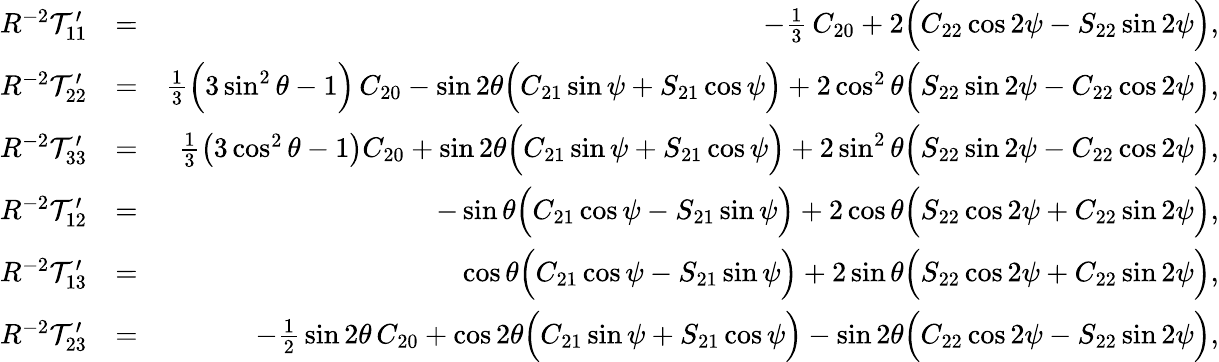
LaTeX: \begin{array}{rlr}{R^{-2}{\cal T}_{11}^{\prime}}&{=}&{-\textstyle\frac{1}{3}\, C_{20}+2\Big(C_{22}\cos 2\psi-S_{22}\sin 2\psi\Big),}\\ {R^{-2}{\cal T}_{22}^{\prime}}&{=}&{\textstyle\frac{1}{3}\Big(3\sin^{2}\theta-1\Big)\, C_{20}-\sin 2\theta\Big(C_{21}\sin\psi+S_{21}\cos\psi\Big)+2\cos^{2}\theta\Big(S_{22}\sin 2\psi-C_{22}\cos 2\psi\Big),}\\ {R^{-2}{\cal T}_{33}^{\prime}}&{=}&{{\textstyle\frac{1}{3}}\big(3\cos^{2}\theta-1\big)C_{20}+\sin 2\theta\Big(C_{21}\sin\psi+S_{21}\cos\psi\Big)+2\sin^{2}\theta\Big(S_{22}\sin 2\psi-C_{22}\cos 2\psi\Big),}\\ {R^{-2}{\cal T}_{12}^{\prime}}&{=}&{-\sin\theta\Big(C_{21}\cos\psi-S_{21}\sin\psi\Big)+2\cos\theta\Big(S_{22}\cos 2\psi+C_{22}\sin 2\psi\Big),}\\ {R^{-2}{\cal T}_{13}^{\prime}}&{=}&{\cos\theta\Big(C_{21}\cos\psi-S_{21}\sin\psi\Big)+2\sin\theta\Big(S_{22}\cos 2\psi+C_{22}\sin 2\psi\Big),}\\ {R^{-2}{\cal T}_{23}^{\prime}}&{=}&{-{\textstyle\frac{1}{2}}\sin 2\theta\, C_{20}+\cos 2\theta\Big(C_{21}\sin\psi+S_{21}\cos\psi\Big)-\sin 2\theta\Big(C_{22}\cos 2\psi-S_{22}\sin 2\psi\Big),}\end{array}